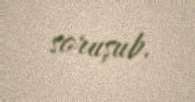
soruşub.